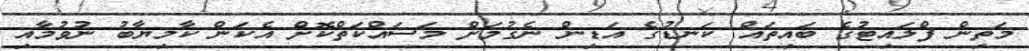
މަތިން ފްލައިޓުގެ ބައިތައް ކަނޑުގެ އަޑިން ނެގުމަށް މަސައްކަތްކޮށް އެކަން ކާމިޔާބު ނުވުމާއި